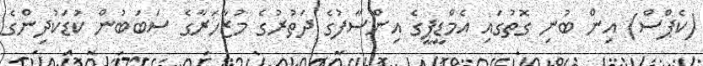
(ކެޕްސް) އިން ބުނި ގޮތުގައި އެމްޑީޕީގެ އިންސާފުގެ ދަތުރުގެ މުޒާހަރާގެ ސަބަބުން ކުޑަކުދިންގެ